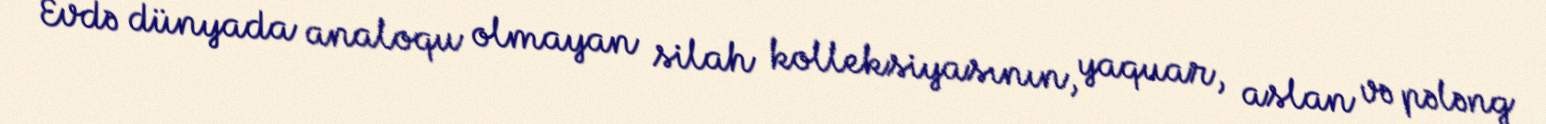
Evdə dünyada analoqu olmayan silah kolleksiyasının, yaquar, aslan və pələng